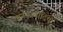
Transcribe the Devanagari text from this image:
जनतंत्रवादियों